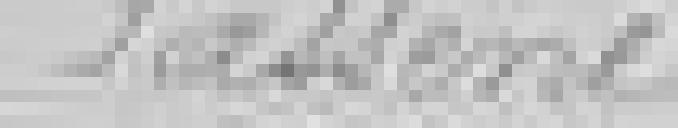
Fassené